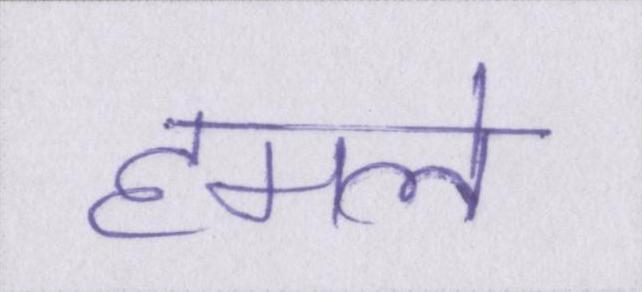
हमले